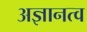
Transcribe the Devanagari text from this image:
अज्ञानत्व